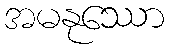
အမနုဿော